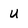
Character: U